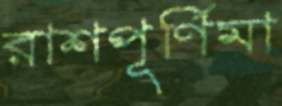
রাশপূর্ণিমা